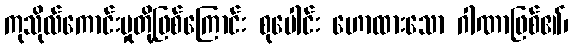
ကုသိုလ်ကောင်းမှုတို့ဖြစ်ကြောင်း စုပေါင်း ဟောထားသော ဂါဏာဖြစ်၏၊